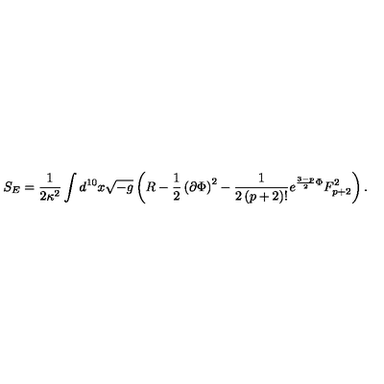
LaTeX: S _ { E } = \frac { 1 } { 2 \kappa ^ { 2 } } \int d ^ { 1 0 } x \sqrt { - g } \left( R - \frac { 1 } { 2 } \left( \partial \Phi \right) ^ { 2 } - \frac { 1 } { 2 \left( p + 2 \right) ! } e ^ { \frac { 3 - p } { 2 } \Phi } F _ { p + 2 } ^ { 2 } \right) .